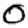
Digit: 0